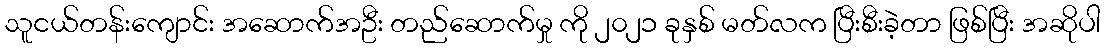
သူငယ်တန်းကျောင်း အဆောက်အဦး တည်ဆောက်မှု ကို ၂၀၂၁ ခုနှစ် မတ်လက ပြီးစီးခဲ့တာ ဖြစ်ပြီး အဆိုပါ